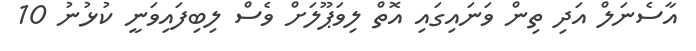
އާސެނަލް އަދި ތިން ވަނައިގައި އޮތް ލިވަޕޫލަށް ވެސް ލިބިފައިވަނީ ކުޅުނު 10